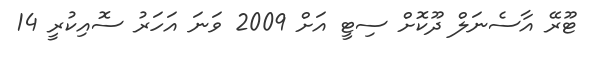
ޓޫރޭ އާސެނަލް ދޫކޮށް ސިޓީ އަށް 2009 ވަނަ އަހަރު ސޮއިކުރީ 14